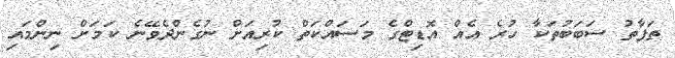
ތަފާތު ސަބަބުތަކާ ހުރެ އެއް އޮޑިޓްގެ މަސައްކަތް ކުރިއަށް ނުގެންދެވޭނެ ކަމަށް ނިންމައި